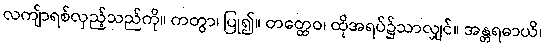
လကျ်ာရစ်လှည့်သည်ကို။ ကတွာ၊ ပြု၍။ တတ္ထေဝ၊ ထိုအရပ်၌သာလျှင်။ အန္တရဓာယိ၊